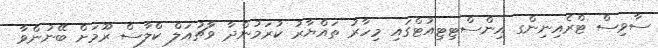
ސާވިސް ޓްރެއިނިންގ އިންސްޓިޓިއުޓްގައި މިހާރު ތައްޔާރު ކުރަމުންދާ ވާޗުއަލް ކްލާސް ރޫމަށް ބޭނުންވާ